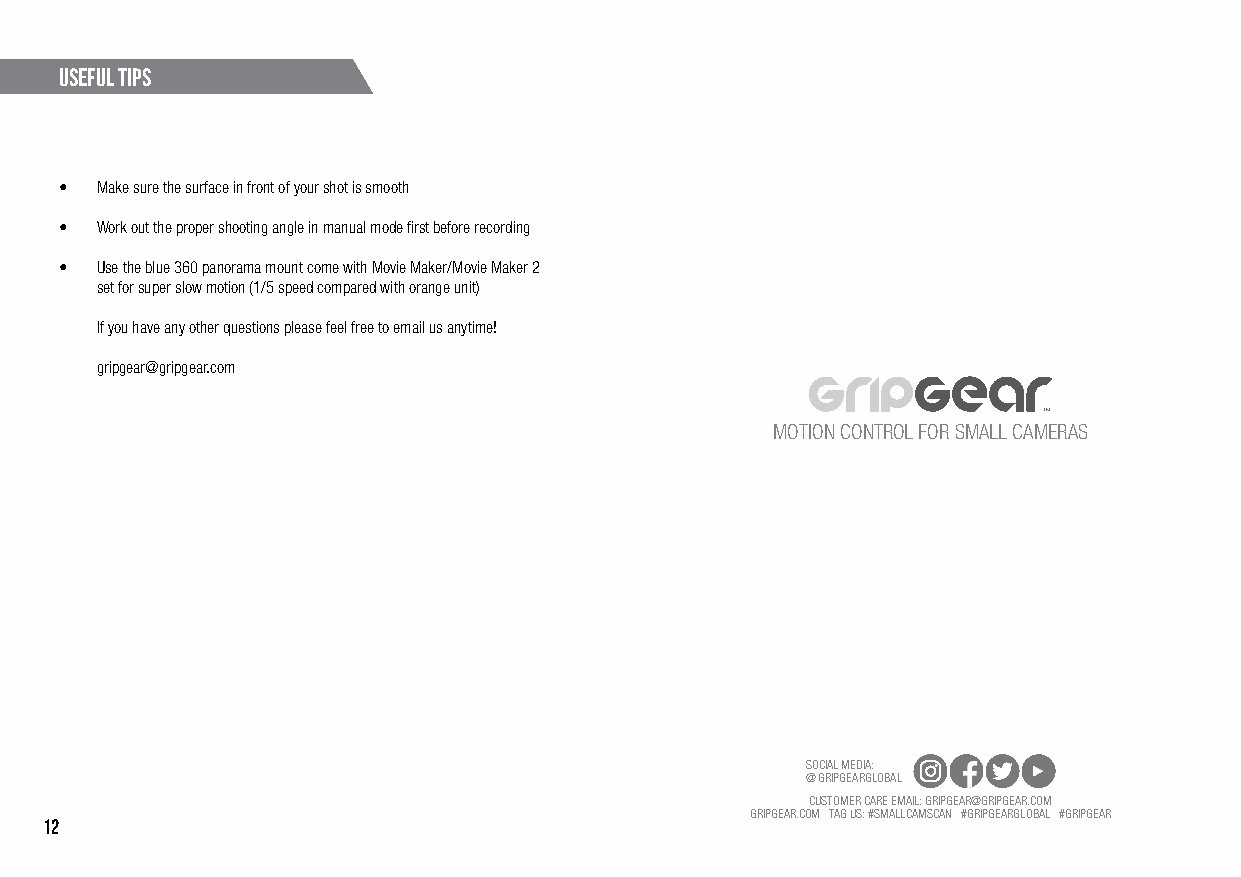
useful tips
 • Make sure the surface in front of your shot is smooth
 • Work out the proper shooting angle in manual mode first before recording
 • Use the blue 360 panorama mount come with Movie Maker/Movie Maker 2
 set for super slow motion (1/5 speed compared with orange unit)
 If you have any other questions please feel free to email us anytime!
 gripgear@gripgear.com
 MOTION CONTROL FOR SMALL CAMERAS
 SOCIAL MEDIA:
 @ GRIPGEARGLOBAL
 CUSTOMER CARE EMAIL: GRIPGEAR@GRIPGEAR.COM
 GRIPGEAR.COM TAG US: #SMALLCAMSCAN #GRIPGEARGLOBAL #GRIPGEAR
 12